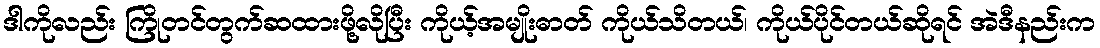
ဒါကိုလည်း ကြိုတင်တွက်ဆထားဖို့လိုပြီး ကိုယ့်အမျိုးဓာတ် ကိုယ်သိတယ်၊ ကိုယ်ပိုင်တယ်ဆိုရင် အဲဒီနည်းက